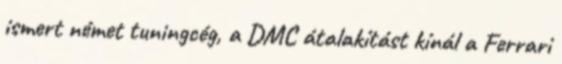
ismert német tuningcég, a DMC átalakítást kínál a Ferrari